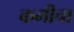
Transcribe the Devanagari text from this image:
कमीचा